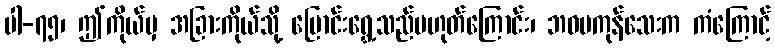
ပါ-၇၅၊ ဤကိုယ်မှ အခြားကိုယ်သို့ ပြောင်းရွှေ့သည်မဟုတ်ကြောင်း၊ ဘဝမကုန်သေးက ကံကြောင့်